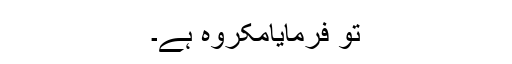
تو فرمایامکروہ ہے۔